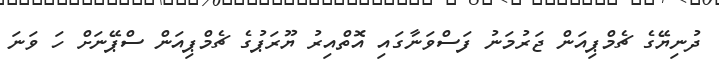
ދުނިޔޭގެ ޗެމްޕިއަން ޖަރުމަނު ފަސްވަނާގައި އޮތްއިރު ޔޫރަޕުގެ ޗެމްޕިއަން ސްޕޭނަށް ހަ ވަނަ